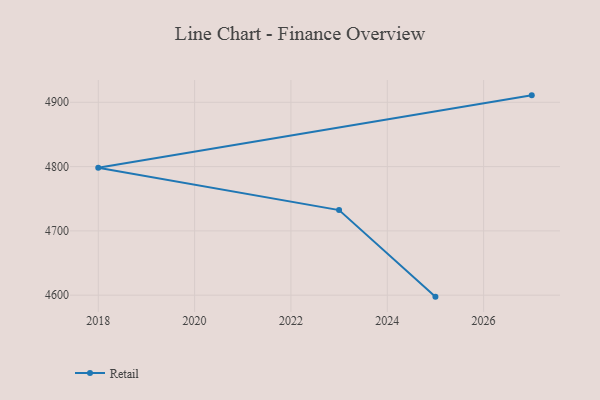
{"axis": {"x": "Year", "y": "Website Visitors"}, "legend": ["Retail"], "data": [{"x": "2025", "y": 4597.7, "type": "Retail"}, {"x": "2023", "y": 4732.3, "type": "Retail"}, {"x": "2018", "y": 4798.2, "type": "Retail"}, {"x": "2027", "y": 4910.8, "type": "Retail"}]}